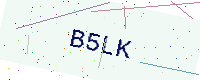
Text: B5LK